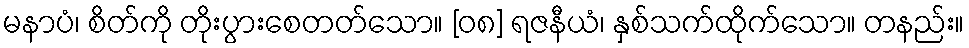
မနာပံ၊ စိတ်ကို တိုးပွားစေတတ်သော။ [၀၈] ရဇနီယံ၊ နှစ်သက်ထိုက်သော။ တနည်း။